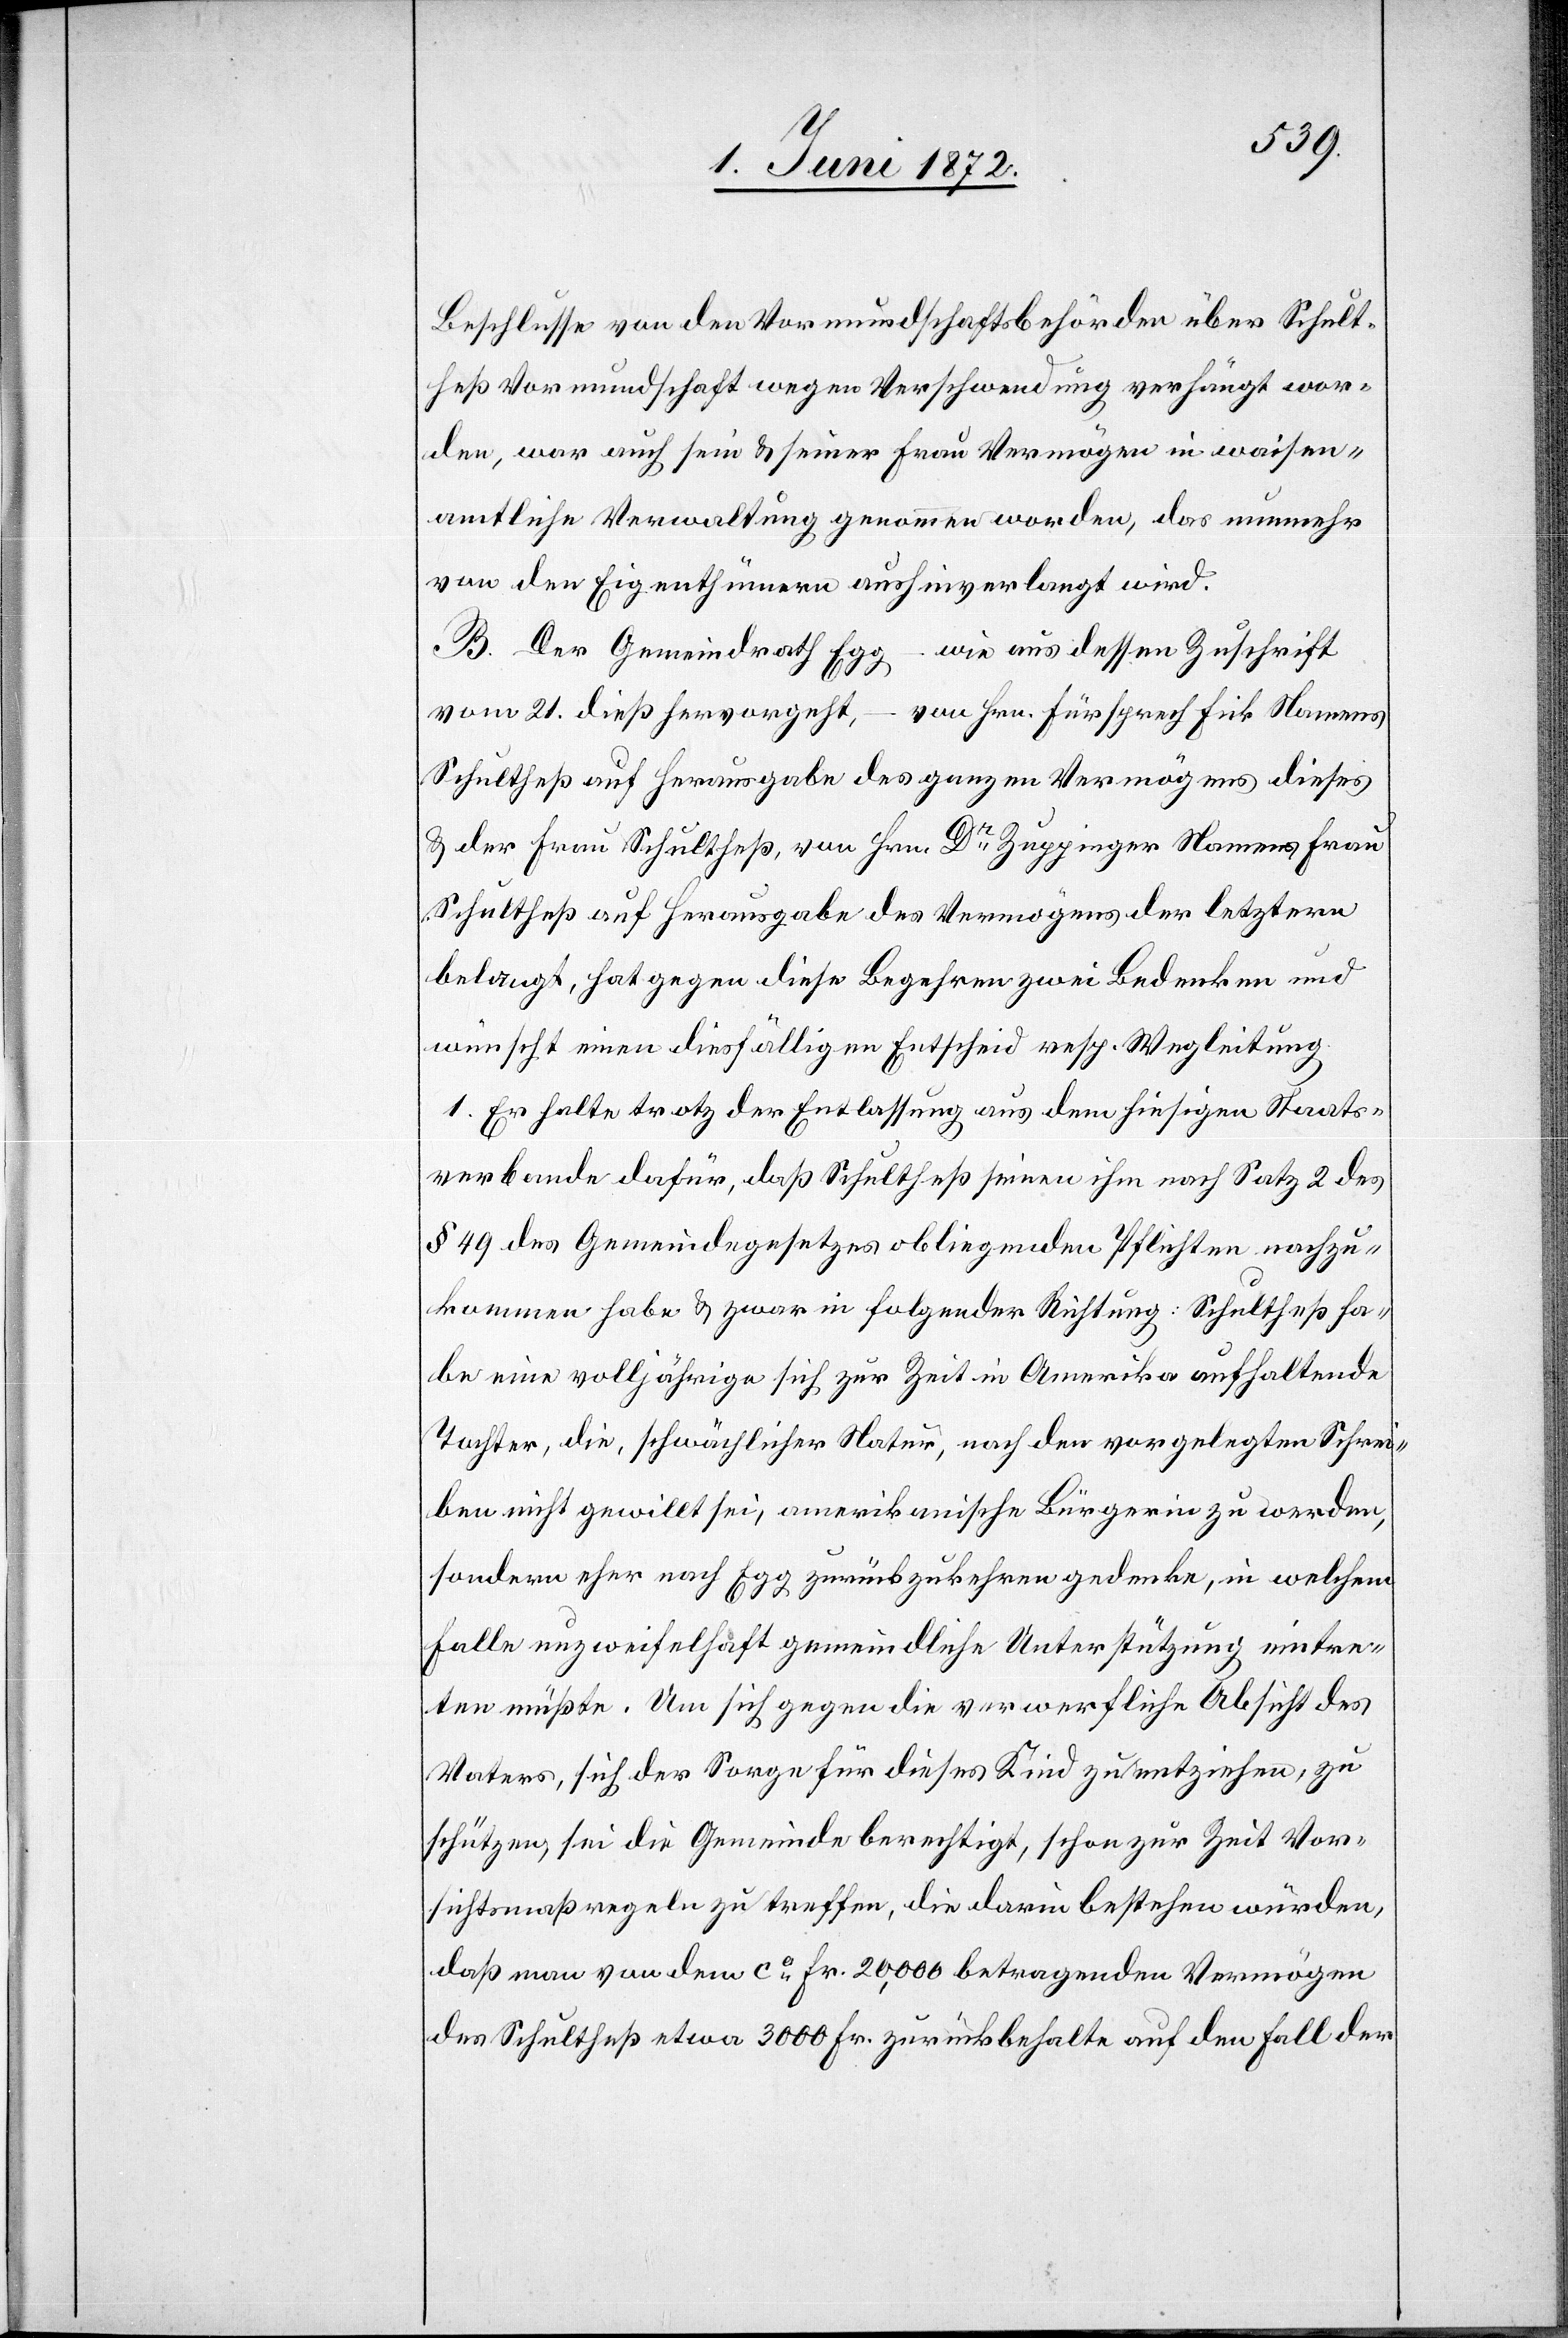
Beschlusse von den Vormundschaftsbehörden über Schult¬
heß Vormundschaft wegen Verschwendung verhängt wor¬
den, war auch sein u. seiner Frau Vermögen in waisen¬
amtliche Verwaltung genommen worden, das nunmehr
von den Eigenthümern aushinverlangt wird.
B. Der Gemeindrath Egg – wie aus dessen Zuschrift
vom 21. dieß hervorgeht, – von Hrn. Fürsprech Fick Namens
Schultheß auf Herausgabe des ganzen Vermögens dieses
u. der Frau Schultheß, von Hrn. Dr Zuppinger Namens Frau
Schultheß auf Herausgabe des Vermögens der letztern
belangt, hat gegen diese Begehren zwei Bedenken und
wünscht einen diesfälligen Entscheid resp. Wegleitung.
1. Er halte trotz der Entlassung aus dem hiesigen Staats¬
verbande dafür, daß Schultheß seinen ihm nach Satz 2 des
§ 49 des Gemeindegesetzes obliegenden Pflichten nachzu¬
kommen habe u. zwar in folgender Richtung: Schultheß ha¬
be eine volljährige sich zur Zeit in Amerika aufhaltende
Tochter, die, schwächlicher Natur, nach den vorgelegten Schrei¬
ben nicht gewillt sei, amerikanische Bürgerin zu werden,
sondern eher nach Egg zurückzukehren gedenke, in welchem
Falle unzweifelhaft gemeindliche Unterstützung eintre¬
ten müßte. Um sich gegen die verwerfliche Absicht des
Vaters, sich der Sorge für dieses Kind zu entziehen, zu
schützen, sei die Gemeinde berechtigt, schon zur Zeit Vor¬
sichtsmaßregeln zu treffen, die darin bestehen würden,
daß man von dem ca Fr. 20,000 betragenden Vermögen
des Schultheß etwa 3000 Fr. zurückbehalte auf den Fall der